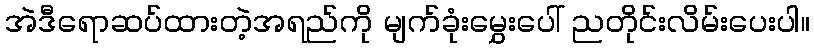
အဲဒီရောဆပ်ထားတဲ့အရည်ကို မျက်ခုံးမွှေးပေါ် ညတိုင်းလိမ်းပေးပါ။